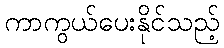
ကာကွယ်ပေးနိုင်သည့်